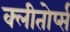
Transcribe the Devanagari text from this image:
क्लीतोर्प्स